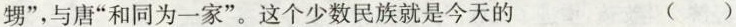
甥”，与唐”和同为一家”。这个少数民族就是今天的 ()